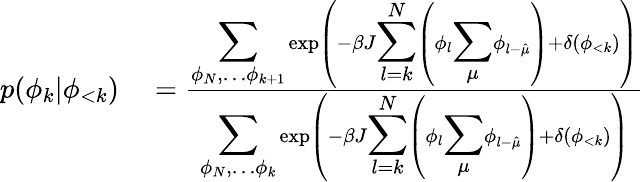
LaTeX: \begin{array}{rl}{p(\phi_{k}|\phi_{<k})}&{{}=\frac{{\displaystyle\sum_{\phi_{N},\dots\phi_{k+1}}}\exp\left(-\beta J{\displaystyle\sum_{l=k}^{N}}\left(\phi_{l}{\displaystyle\sum_{\mu}}\phi_{l-\hat{\mu}}\right)+\delta(\phi_{<k})\right)}{{\displaystyle\sum_{\phi_{N},\dots\phi_{k}}}\exp\left(-\beta J{\displaystyle\sum_{l=k}^{N}}\left(\phi_{l}{\displaystyle\sum_{\mu}}\phi_{l-\hat{\mu}}\right)+\delta(\phi_{<k})\right)}}\end{array}